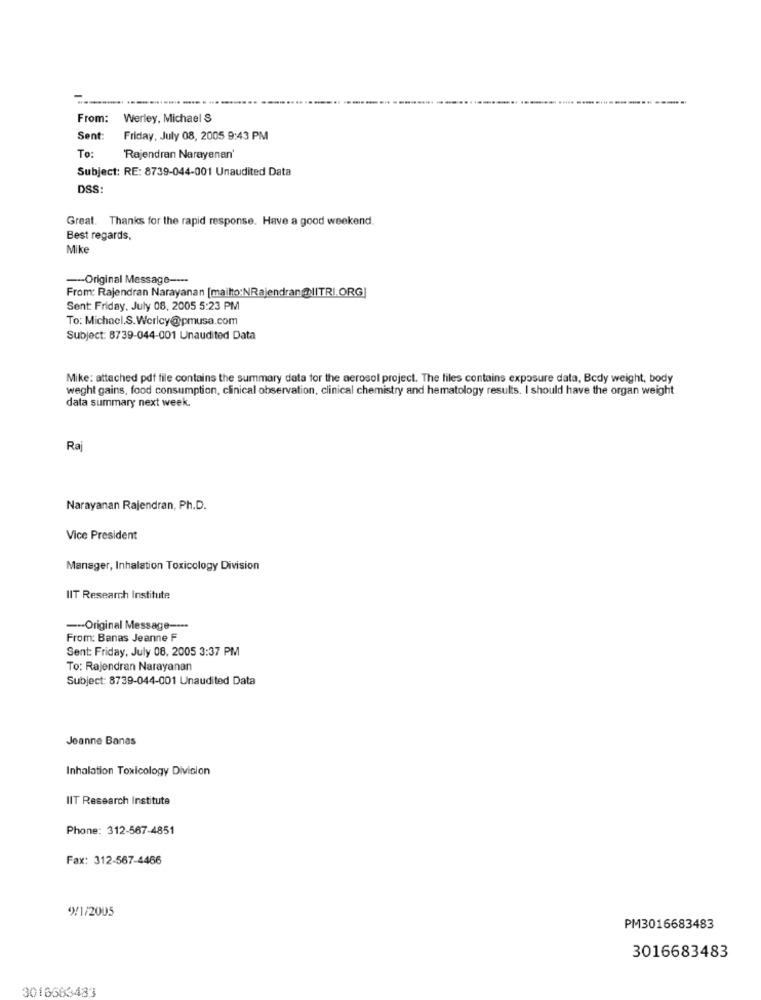
From:
Werley, Michael S
Sent:
Friday, July 08, 2005 9:43 PM
To:
'Rajendran Narayanan'
Subject: RE: 8739-044-001 Unaudited Data
DSS:
Great. Thanks for the rapid response. Have a good weekend.
Best regards,
Mike
-Original Message ----
From: Rajendran Narayanan [mailto:NRajendran@IITRI.ORG]
Sent: Friday, July 08, 2005 5:23 PM
To: Michael.S.Werley@pmusa.com
Subject: 8739-044-001 Unaudited Data
Mike: attached pdf file contains the summary data for the aerosol project. The files contains exposure data, Body weight, body
weght gains, food consumption, clinical observation, clinical chemistry and hematology results. I should have the organ weight
data summary next week.
Raj
Narayanan Rajendran, Ph.D.
Vice President
Manager, Inhalation Toxicology Division
IIT Research Institute
-- Original Message ----
From: Banas Jeanne F
Sent: Friday, July 08, 2005 3:37 PM
To: Rajendran Narayanan
Subject: 8739-044-001 Unaudited Data
Jeanne Banas
Inhalation Toxicology Division
IIT Research Institute
Phone: 312-567-4851
Fax: 312-567-4466
4)/1/2005
PM3016683483
3016683483
3016563483